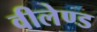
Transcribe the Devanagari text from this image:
वीलेण्ड